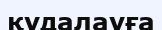
қудалауға